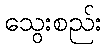
သွေးစည်း